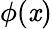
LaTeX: \phi(\mathit{x})